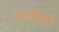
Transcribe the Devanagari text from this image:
अन्यविज्ञानों